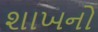
શાખનો